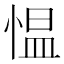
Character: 愠